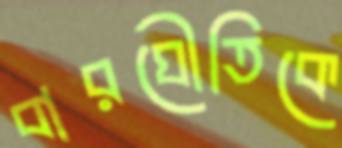
বারঘৌতিকে